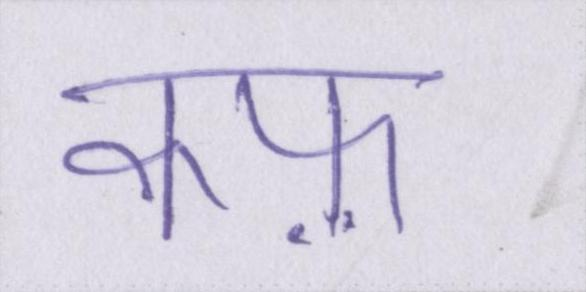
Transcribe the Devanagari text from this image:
कफ़